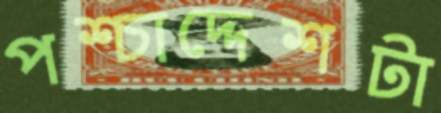
পশ্চাদ্দেশটা